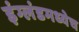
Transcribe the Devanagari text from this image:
इंग्लंडमध्येच